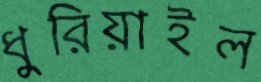
ধুরিয়াইল